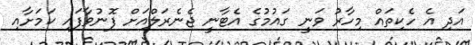
އަދި އެ ހެކިތައް މިހާރު ވަނީ ގައުމުގެ އެޓާނީ ޖެނެރަލްއަށް ފޮނުވާފައި ކަމަށާއި